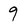
Character: 9